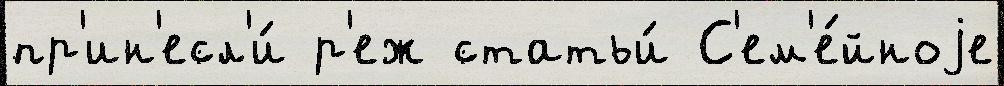
пр'ин'есл'и́ р'еж статьи́ С'ем'е́йноjе